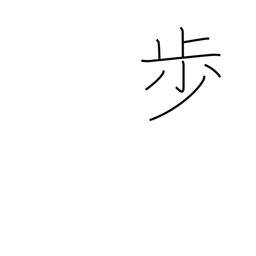
Meaning: counter for steps